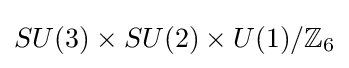
SU(3)\times SU(2)\times U(1)/\mathbb {Z} _{6}